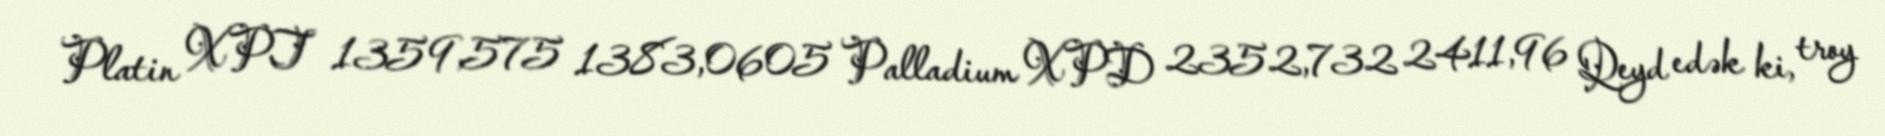
Platin XPT 1359,575 1383,0605 Palladium XPD 2352,732 2411,96 Qeyd edək ki, troy